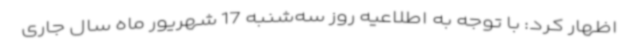
اظهار کرد: با توجه به اطلاعیه روز سه‌شنبه 17 شهریور ماه سال جاری